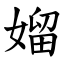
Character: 媹